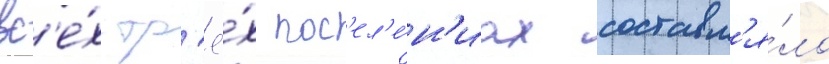
вс'е́х тр'ё́х пос'ел'е́н'иах составл'я́ло